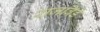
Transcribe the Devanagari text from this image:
राजबिंडे